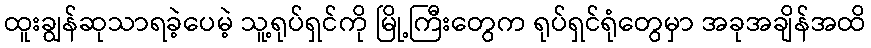
ထူးချွန်ဆုသာရခဲ့ပေမဲ့ သူ့ရုပ်ရှင်ကို မြို့ကြီးတွေက ရုပ်ရှင်ရုံတွေမှာ အခုအချိန်အထိ